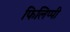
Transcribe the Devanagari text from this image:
फिलिप्पी